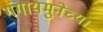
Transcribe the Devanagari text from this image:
गंगायमुनेच्या